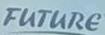
FUTURE